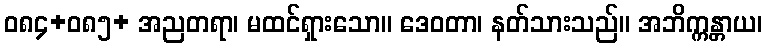
ဝ၈၄+၀၈၅+ အညတရာ၊ မထင်ရှားသော။ ဒေဝတာ၊ နတ်သားသည်။ အဘိက္ကန္တာယ၊